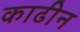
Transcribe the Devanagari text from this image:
काढीन